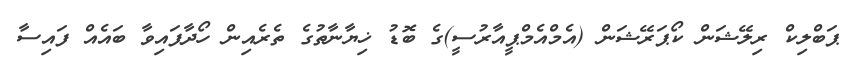
ޕަބްލިކް ރިލޭޝަން ކޯޕަރޭޝަން (އެމްއެމްޕީއާރުސީ)ގެ ބޮޑު ޚިޔާނާތުގެ ތެރެއިން ހޯދާފައިވާ ބައެއް ފައިސާ